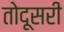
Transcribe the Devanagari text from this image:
तोदूसरी